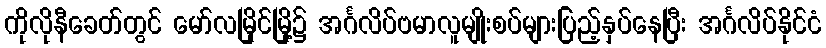
ကိုလိုနီခေတ်တွင် မော်လမြိုင်မြို့၌ အင်္ဂလိပ်ဗမာလူမျိုးစပ်များပြည့်နှပ်နေပြီး အင်္ဂလိပ်နိုင်ငံ